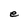
Character: e